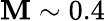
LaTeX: \mathbf{M}\sim0.4